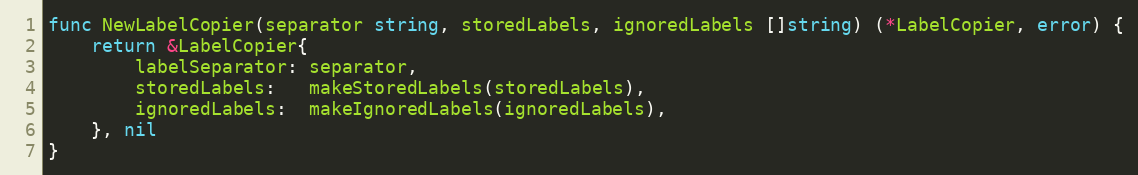
Language: Go
func NewLabelCopier(separator string, storedLabels, ignoredLabels []string) (*LabelCopier, error) {
	return &LabelCopier{
		labelSeparator: separator,
		storedLabels:   makeStoredLabels(storedLabels),
		ignoredLabels:  makeIgnoredLabels(ignoredLabels),
	}, nil
}